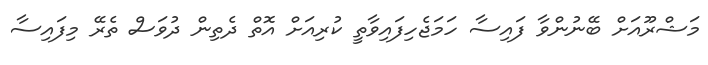
މަޝްރޫއަށް ބޭނުންވާ ފައިސާ ހަމަޖެހިފައިވާތީ ކުރިއަށް އޮތް ދެތިން ދުވަސް ތެރޭ މިފައިސާ